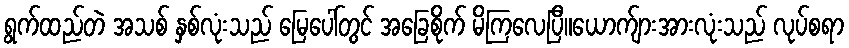
ရွက်ထည်တဲ အသစ် နှစ်လုံးသည် မြေပေါ်တွင် အခြေစိုက် မိကြလေပြီ။ယောက်ျားအားလုံးသည် လုပ်စရာ